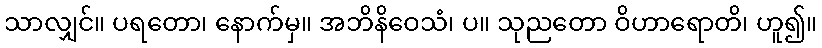
သာလျှင်။ ပရတော၊ နောက်မှ။ အဘိနိဝေသံ၊ ပ။ သုညတော ဝိဟာရောတိ၊ ဟူ၍။